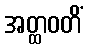
အတ္ထဝတိံ